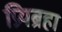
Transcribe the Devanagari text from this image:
प्रियब्रहा